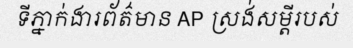
ទីភ្នាក់ងារព័ត៌មាន AP ស្រង់សម្តីរបស់